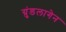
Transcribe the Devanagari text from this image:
ग्रुंडलागेन